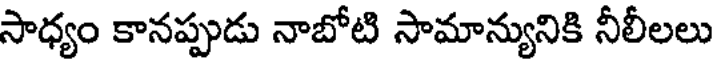
సాధ్యం కానప్పుడు నాబోటి సామాన్యునికి నీలీలలు